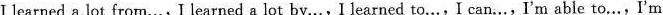
I learned a lot from…, I learned a lot by.…, I learned to..., I can..., I'm able to…, I'm